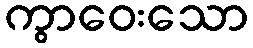
ကွာဝေးသော